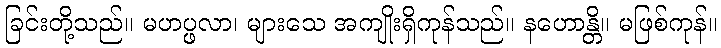
ခြင်းတို့သည်။ မဟပ္ဖလာ၊ များသေ အကျိုးရှိကုန်သည်။ နဟောန္တိ။ မဖြစ်ကုန်။